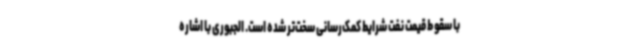
با سقوط قیمت نفت شرایط کمک‌رسانی سخت‌تر شده است. الجبوری با اشاره